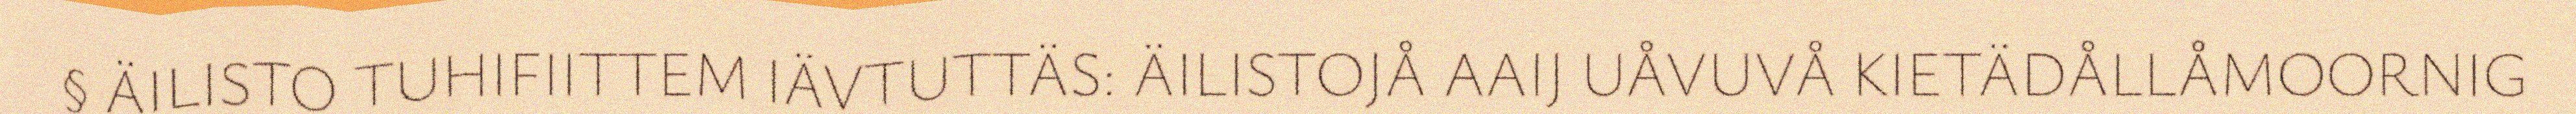
§ ÄILISTO TUHIFIITTEM IÄVTUTTÄS: ÄILISTOJÅ AAIJ UÅVUVÅ KIETÄDÅLLÅMOORNIG